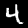
Label: 4